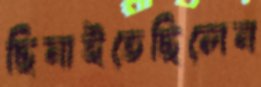
ছিনাইতেছিলেন